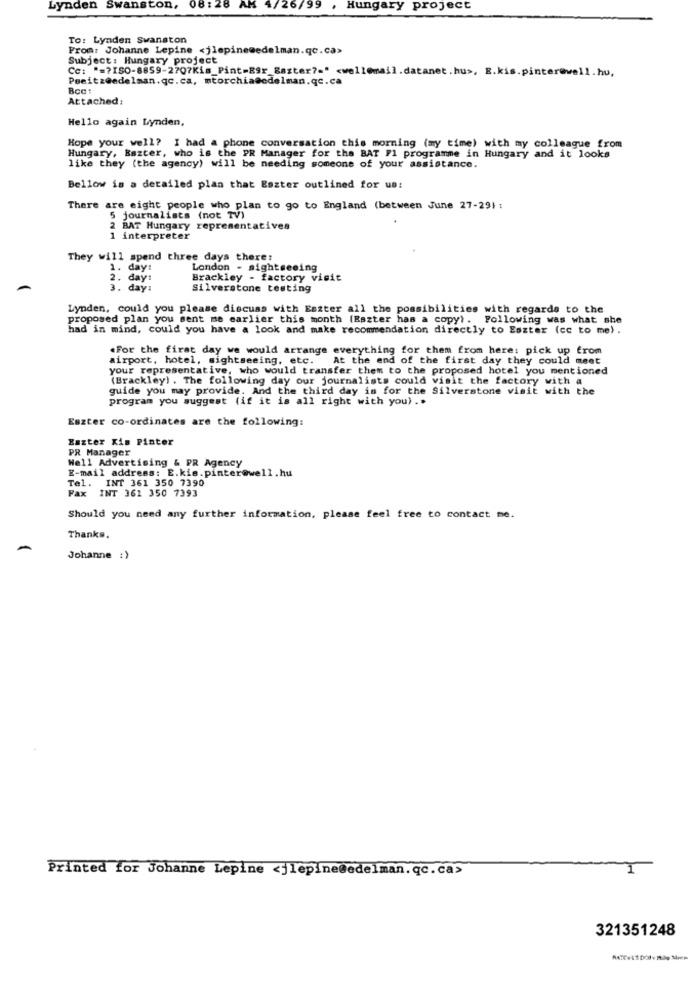
Lynden Swanston,
08:28
AM 4/26/99
, Hungary project
To: Lynden Swanston
From: Johanne Lepine <jlepine@edelman.qc.ca>
Subject : Hungary project
Cc: " =? ISO-8859-2707Kis_Pint=RSr_Barter ?= " <well@mail.datanet. hus, E.kis.pinter@well.hu,
Peeitzeedelman.qc.ca, mtorchia@edelman.qc.ca
Attached:
Hello again Lynden,
Hope your well? I had a phone conversation this morning (my time) with my colleague from
Hungary, Bazter, who is the PR Manager for the BAT Fl programme in Hungary and it looks
like they (the agency) will be needing someone of your assistance.
Bellow is a detailed plan that Eszter outlined for us:
There are eight people who plan to go to England (between June 27-29) :
5 journalists (not TV)
2 BAT Hungary representatives
1 interpreter
They will spend three days there:
1. day:
London - sightseeing
2. day:
Brackley - factory visit
3. day:
Silverstone testing
Lynden, could you please discuss with Eszter all the possibilities with regards to the
proposed plan you sent me earlier this month (Eszter has a copy). Following was what she
had in mind, could you have a look and make recommendation directly to Eszter (cc to me) .
.For the first day we would arrange everything for them from here: pick up from
airport, hotel, sightseeing, etc. At the end of the first day they could meet
your representative, who would transfer them to the proposed hotel you mentioned
(Brackley) . The following day our journalists could visit the factory with a
guide you may provide. And the third day is for the Silverstone visit with the
program you suggest (if it is all right with you) ..
Eszter co-ordinates are the following:
Eszter Xis Pinter
PR Manager
Well Advertising & PR Agency
E-mail address: E.kis.pinter@well.hu
Tel. INT 361 350 7390
Fax INT 361 350 7393
Should you need any further information, please feel free to contact me.
Thanks.
Johanne :)
Printed for Johanne Lepine <jlepine@edelman.qc.ca>
321351248